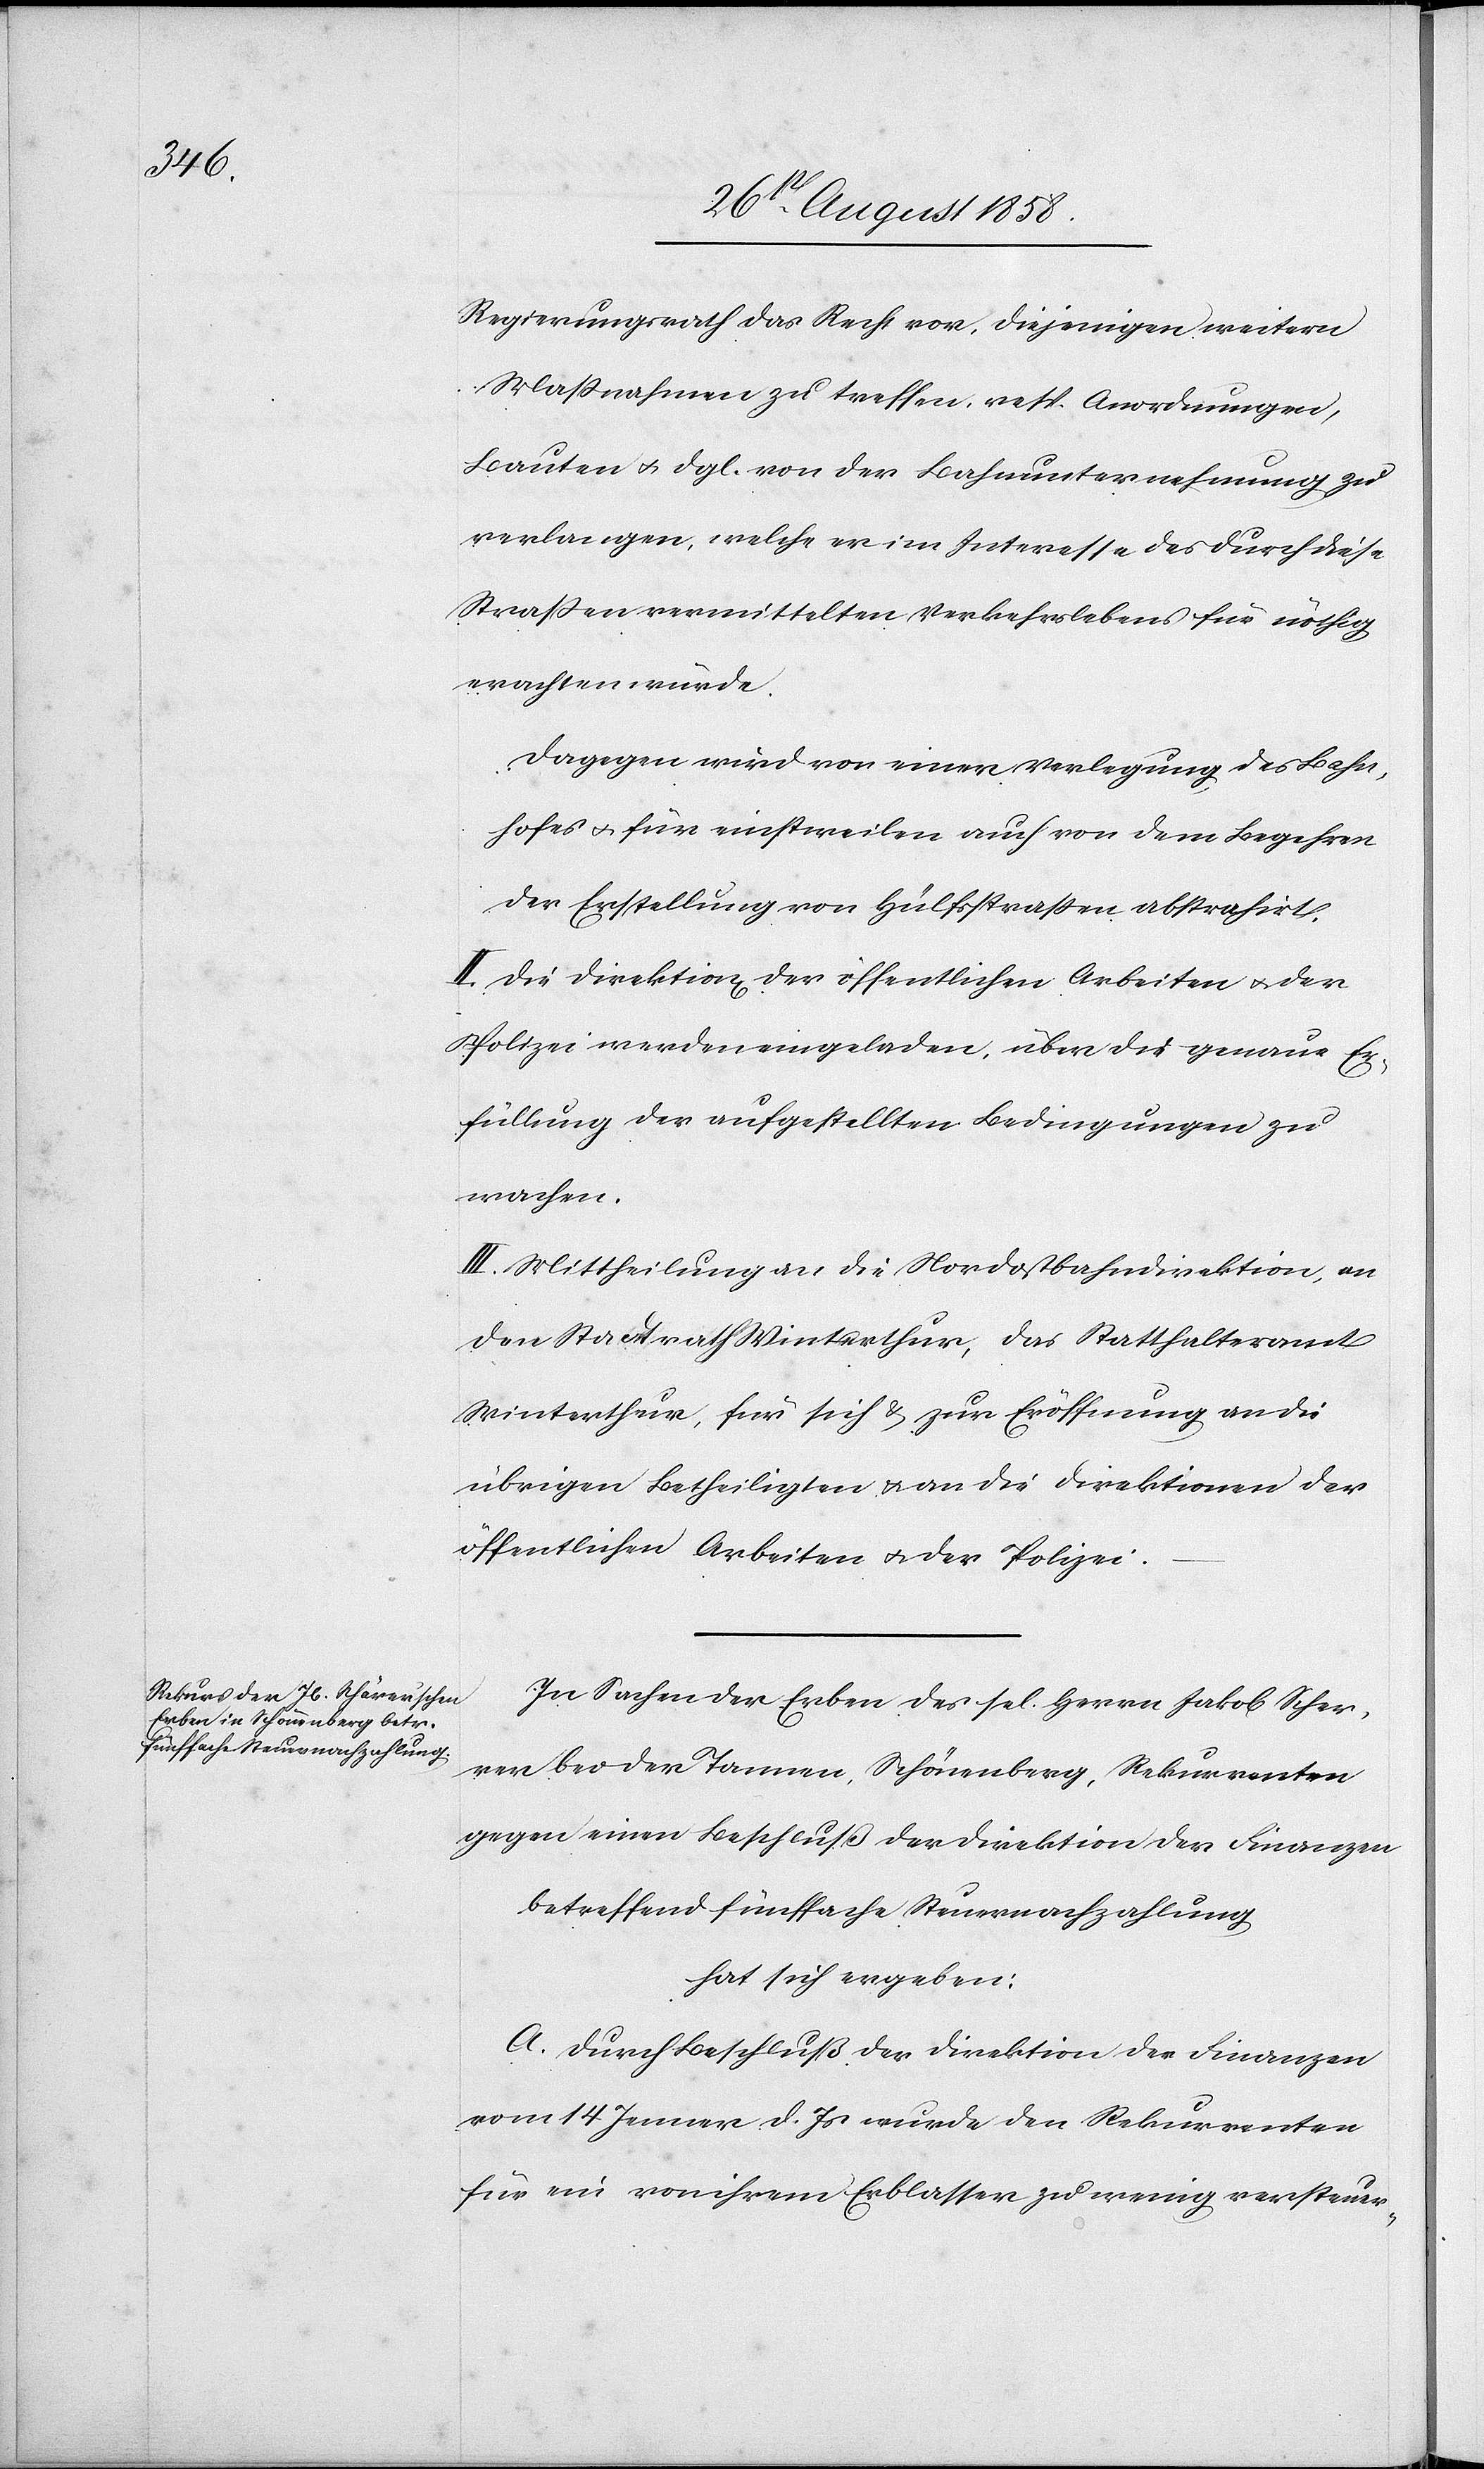
Regierungsrath das Recht vor, diejenigen weitern
Massnahmen zu treffen, resp. Anordnungen,
Bauten & dgl. von der Bahnunternehmung zu
verlangen, welche er im Interesse des durch diese
Strassen vermittelten Verkehrslebens für nöthig
erachten würde.
Dagegen wird von einer Verlegung des Bahn¬
hofes & für einstweilen auch von dem Begehren
der Erstellung von Hülfsstrassen abstrahirt.
II. Die Direktion[en] der öffentlichen Arbeiten & der
Polizei werden eingeladen, über die genaue Er¬
füllung der aufgestellten Bedingungen zu
wachen.
III. Mittheilung an die Nordostbahndirektion, an
den Stadtrath Winterthur, das Statthalteramt
Winterthur, für sich & zur Eröffnung an die
übrigen Betheiligten & an die Direktionen der
öffentlichen Arbeiten & der Polizei.
In Sachen der Erben des sel. Herrn Jakob Scherrer
bei der Tannen, Schönenberg, Rekurrenten
gegen einen Beschluß der Direktion der Finanzen
betreffend fünffache Steuernachzahlung
hat sich ergeben:
A. Durch Beschluß der Direktion der Finanzen
vom 14 Jenner d. Js wurde den Rekurrenten
für ein von ihrem Erblasser zu wenig versteuer-